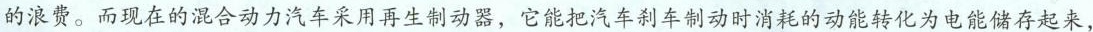
的浪费。而现在的混合动力汽车采用再生制动器，它能把汽车刹车制动时消耗的动能转化为电能储存起来，